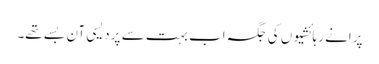
پرانے رہائشیوں کی جگہ اب بہت سے پردیسی آن بسے تھے۔